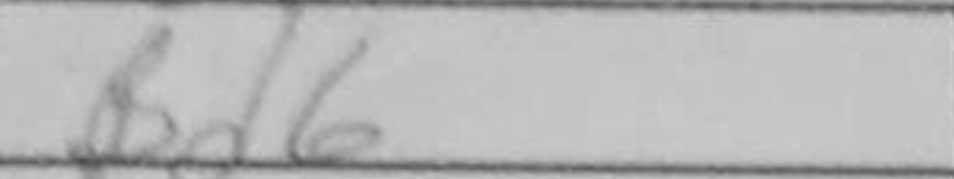
Transcription: Bd6